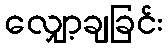
လျှော့ချခြင်း